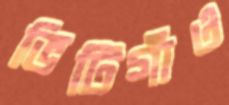
ভিটিগাঁও